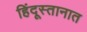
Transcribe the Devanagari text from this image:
हिंदूस्तानात